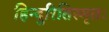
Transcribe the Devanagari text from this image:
हिन्दुरितिस्मृतः